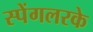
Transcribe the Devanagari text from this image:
स्पेंगलरके